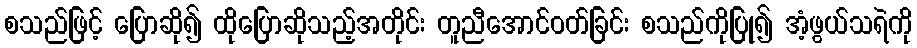
စသည်ဖြင့် ပြောဆို၍ ထိုပြောဆိုသည့်အတိုင်း တူညီအောင်ဝတ်ခြင်း စသည်ကိုပြု၍ အံ့ဖွယ်သရဲကို